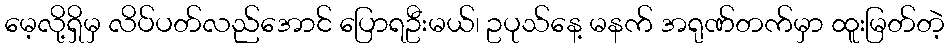
မေ့လို့ရှိမှ လိပ်ပတ်လည်အောင် ပြောရဦးမယ်၊ ဥပုသ်နေ့ မနက် အရုဏ်တက်မှာ ထူးမြတ်တဲ့